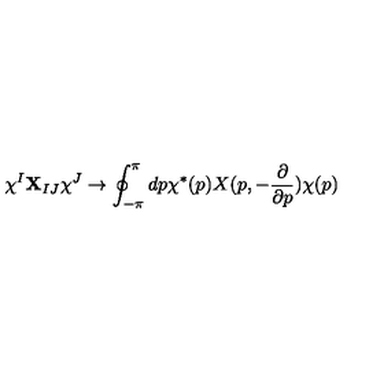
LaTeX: \chi ^ { I } { \bf X } _ { I J } \chi ^ { J } \rightarrow \oint _ { - \pi } ^ { \pi } d p \chi ^ { * } ( p ) X ( p , - \frac { \partial } { \partial p } ) \chi ( p )